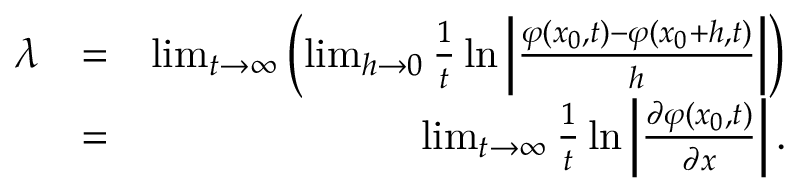
\begin{array} { r l r } { \lambda } & { = } & { \operatorname* { l i m } _ { t \to \infty } \left( \operatorname* { l i m } _ { h \to 0 } \frac { 1 } { t } \ln \left| \frac { \varphi ( x _ { 0 } , t ) - \varphi ( x _ { 0 } + h , t ) } { h } \right| \right) } \\ & { = } & { \operatorname* { l i m } _ { t \to \infty } \frac { 1 } { t } \ln \left| \frac { \partial \varphi ( x _ { 0 } , t ) } { \partial x } \right| . } \end{array}